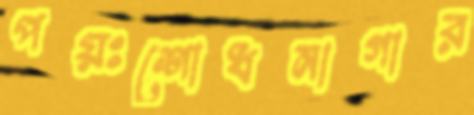
পয়ঃশোধনাগার